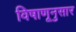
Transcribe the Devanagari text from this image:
विषाणूनुसार